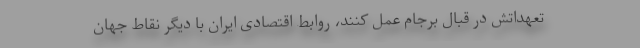
تعهداتش در قبال برجام عمل کنند، روابط اقتصادی ایران با دیگر نقاط جهان